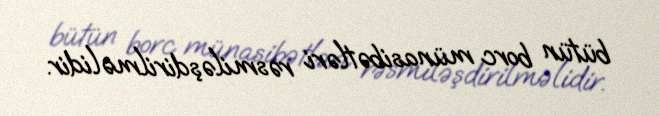
bütün borc münasibətləri rəsmiləşdirilməlidir.